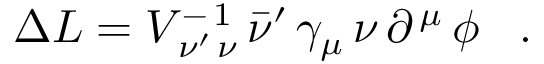
\Delta { \cal L } = V _ { \, \nu ^ { \prime } \, \nu } ^ { - \, 1 } \, { \bar { \nu } } ^ { \prime } \, \gamma _ { \mu } \, \nu \, \partial ^ { \, \mu } \, \phi \; \; \; .